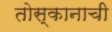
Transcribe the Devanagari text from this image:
तोस्कानाची